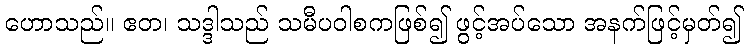
ဟောသည်။ ဧတ၊ သဒ္ဒါသည် သမီပဝါစကဖြစ်၍ ဖွင့်အပ်သော အနက်ဖြင့်မှတ်၍